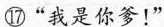
⑰”我是你爹！”